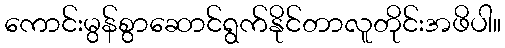
ကောင်းမွန်စွာဆောင်ရွက်နိုင်တာလူတိုင်းအဖိပါ။